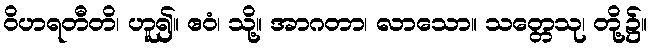
ဝိဟရတီတိ၊ ဟူ၍။ ဧဝံ၊ သို့။ အာဂတာ၊ လာသော။ သတ္တေသု၊ တို့၌။